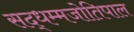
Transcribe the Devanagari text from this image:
सद्धम्मजोतिपाल